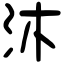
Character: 沐